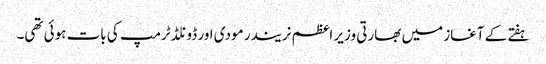
ہفتے کے آغاز میں بھارتی وزیر اعظم نریندر مودی اور ڈونلڈ ٹرمپ کی بات ہوئی تھی۔